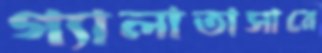
গ্যালাতাসারে